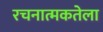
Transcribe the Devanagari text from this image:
रचनात्मकतेला